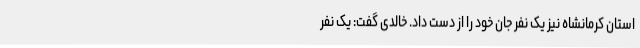
استان کرمانشاه نیز یک نفر جان خود را از دست داد. خالدی گفت: یک نفر